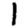
Digit: 1